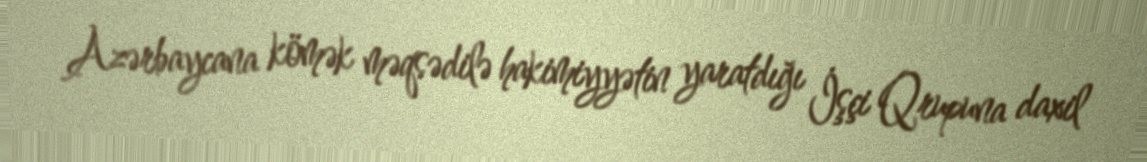
Azərbaycana kömək məqsədilə hakimiyyətin yaratdığı İşçi Qrupuna daxil